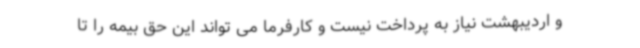
و اردیبهشت نیاز به پرداخت نیست و کارفرما می تواند این حق بیمه را تا